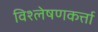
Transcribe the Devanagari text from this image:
विश्लेषणकर्त्ता